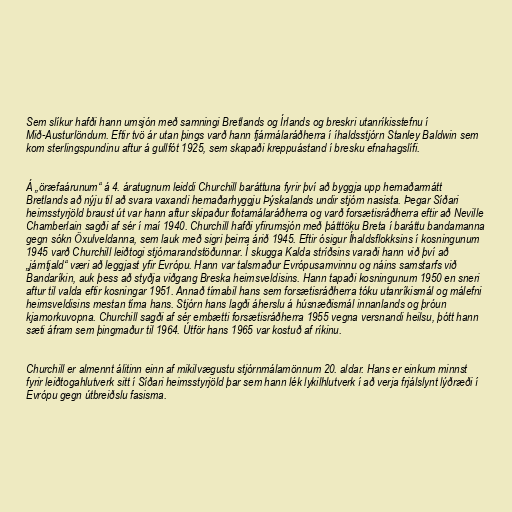
Sem slíkur hafði hann umsjón með samningi Bretlands og Írlands og breskri utanríkisstefnu í
Mið-Austurlöndum. Eftir tvö ár utan þings varð hann fjármálaráðherra í íhaldsstjórn Stanley Baldwin sem
kom sterlingspundinu aftur á gullfót 1925, sem skapaði kreppuástand í bresku efnahagslífi.

Á „öræfaárunum“ á 4. áratugnum leiddi Churchill baráttuna fyrir því að byggja upp hernaðarmátt
Bretlands að nýju til að svara vaxandi hernaðarhyggju Þýskalands undir stjórn nasista. Þegar Síðari
heimsstyrjöld braust út var hann aftur skipaður flotamálaráðherra og varð forsætisráðherra eftir að Neville
Chamberlain sagði af sér í maí 1940. Churchill hafði yfirumsjón með þátttöku Breta í baráttu bandamanna
gegn sókn Öxulveldanna, sem lauk með sigri þeirra árið 1945. Eftir ósigur Íhaldsflokksins í kosningunum
1945 varð Churchill leiðtogi stjórnarandstöðunnar. Í skugga Kalda stríðsins varaði hann við því að
„járntjald“ væri að leggjast yfir Evrópu. Hann var talsmaður Evrópusamvinnu og náins samstarfs við
Bandaríkin, auk þess að styðja viðgang Breska heimsveldisins. Hann tapaði kosningunum 1950 en sneri
aftur til valda eftir kosningar 1951. Annað tímabil hans sem forsætisráðherra tóku utanríkismál og málefni
heimsveldisins mestan tíma hans. Stjórn hans lagði áherslu á húsnæðismál innanlands og þróun
kjarnorkuvopna. Churchill sagði af sér embætti forsætisráðherra 1955 vegna versnandi heilsu, þótt hann
sæti áfram sem þingmaður til 1964. Útför hans 1965 var kostuð af ríkinu.

Churchill er almennt álitinn einn af mikilvægustu stjórnmálamönnum 20. aldar. Hans er einkum minnst
fyrir leiðtogahlutverk sitt í Síðari heimsstyrjöld þar sem hann lék lykilhlutverk í að verja frjálslynt lýðræði í
Evrópu gegn útbreiðslu fasisma.